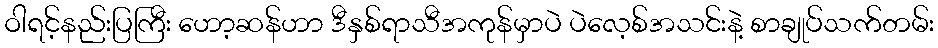
ဝါရင့်နည်းပြကြီး ဟော့ဆန်ဟာ ဒီနှစ်ရာသီအကုန်မှာပဲ ပဲလေ့စ်အသင်းနဲ့ စာချုပ်သက်တမ်း